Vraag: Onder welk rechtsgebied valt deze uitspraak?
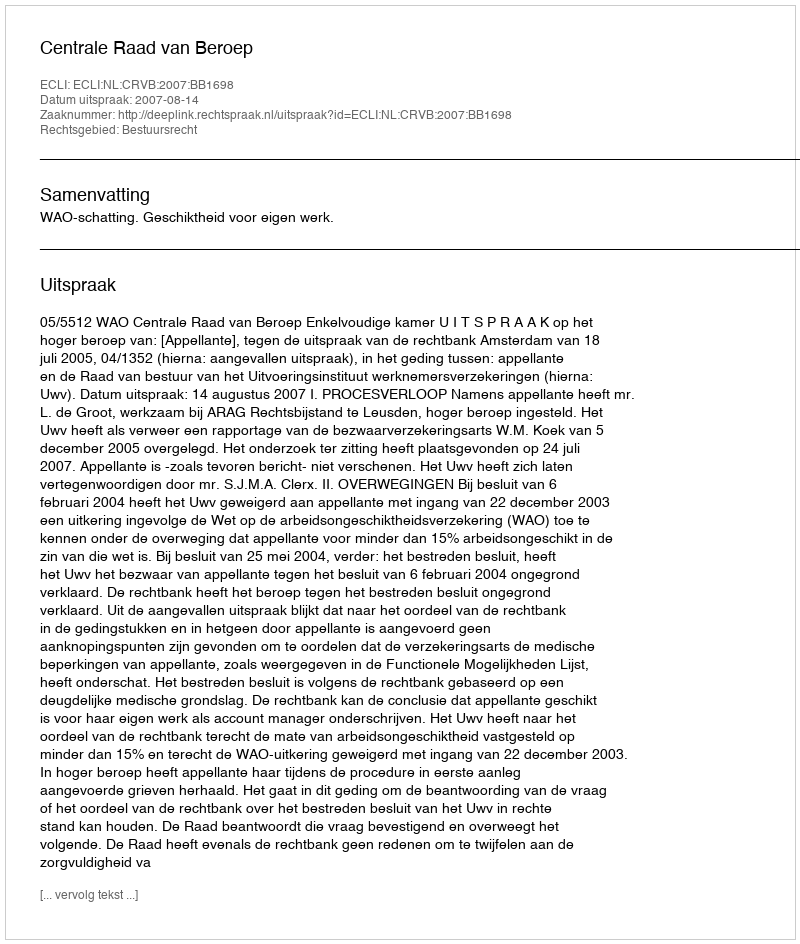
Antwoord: Bestuursrecht